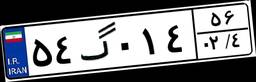
۵۴گ۰۱۴۵۶